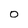
Character: 0